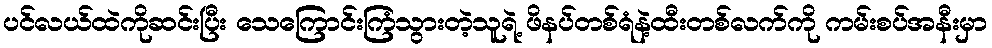
ပင်လယ်ထဲကိုဆင်းပြီး သေကြောင်းကြံသွားတဲ့သူရဲ့ ဖိနပ်တစ်ရံနဲ့ထီးတစ်လက်ကို ကမ်းစပ်အနီးမှာ